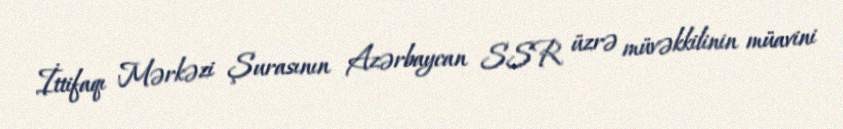
İttifaqı Mərkəzi Şurasının Azərbaycan SSR üzrə müvəkkilinin müavini